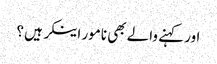
اور کہنے والے بھی نامور اینکر ہیں ؟